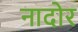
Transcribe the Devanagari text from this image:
नादोर